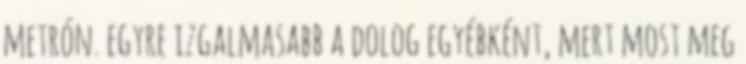
metrón. egyre izgalmasabb a dolog egyébként, mert most meg